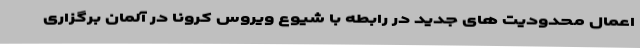
اعمال محدودیت های جدید در رابطه با شیوع ویروس کرونا در آلمان برگزاری